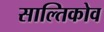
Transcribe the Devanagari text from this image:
साल्तिकोव